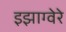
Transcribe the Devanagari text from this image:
इझाग्वेरे